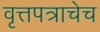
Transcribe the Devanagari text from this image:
वृत्तपत्राचेच